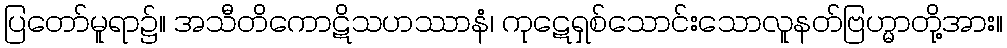
ပြတော်မူရာ၌။ အသီတိကောဋိသဟဿာနံ၊ ကုဋေရှစ်သောင်းသောလူနတ်ဗြဟ္မာတို့အား။